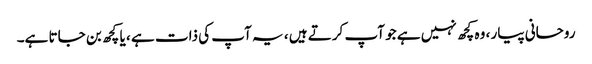
روحانی پیار ، وہ کچھ نہیں ہے جو آپ کرتے ہیں ، یہ آپ کی ذات ہے ، یا کچھ بن جاتا ہے۔